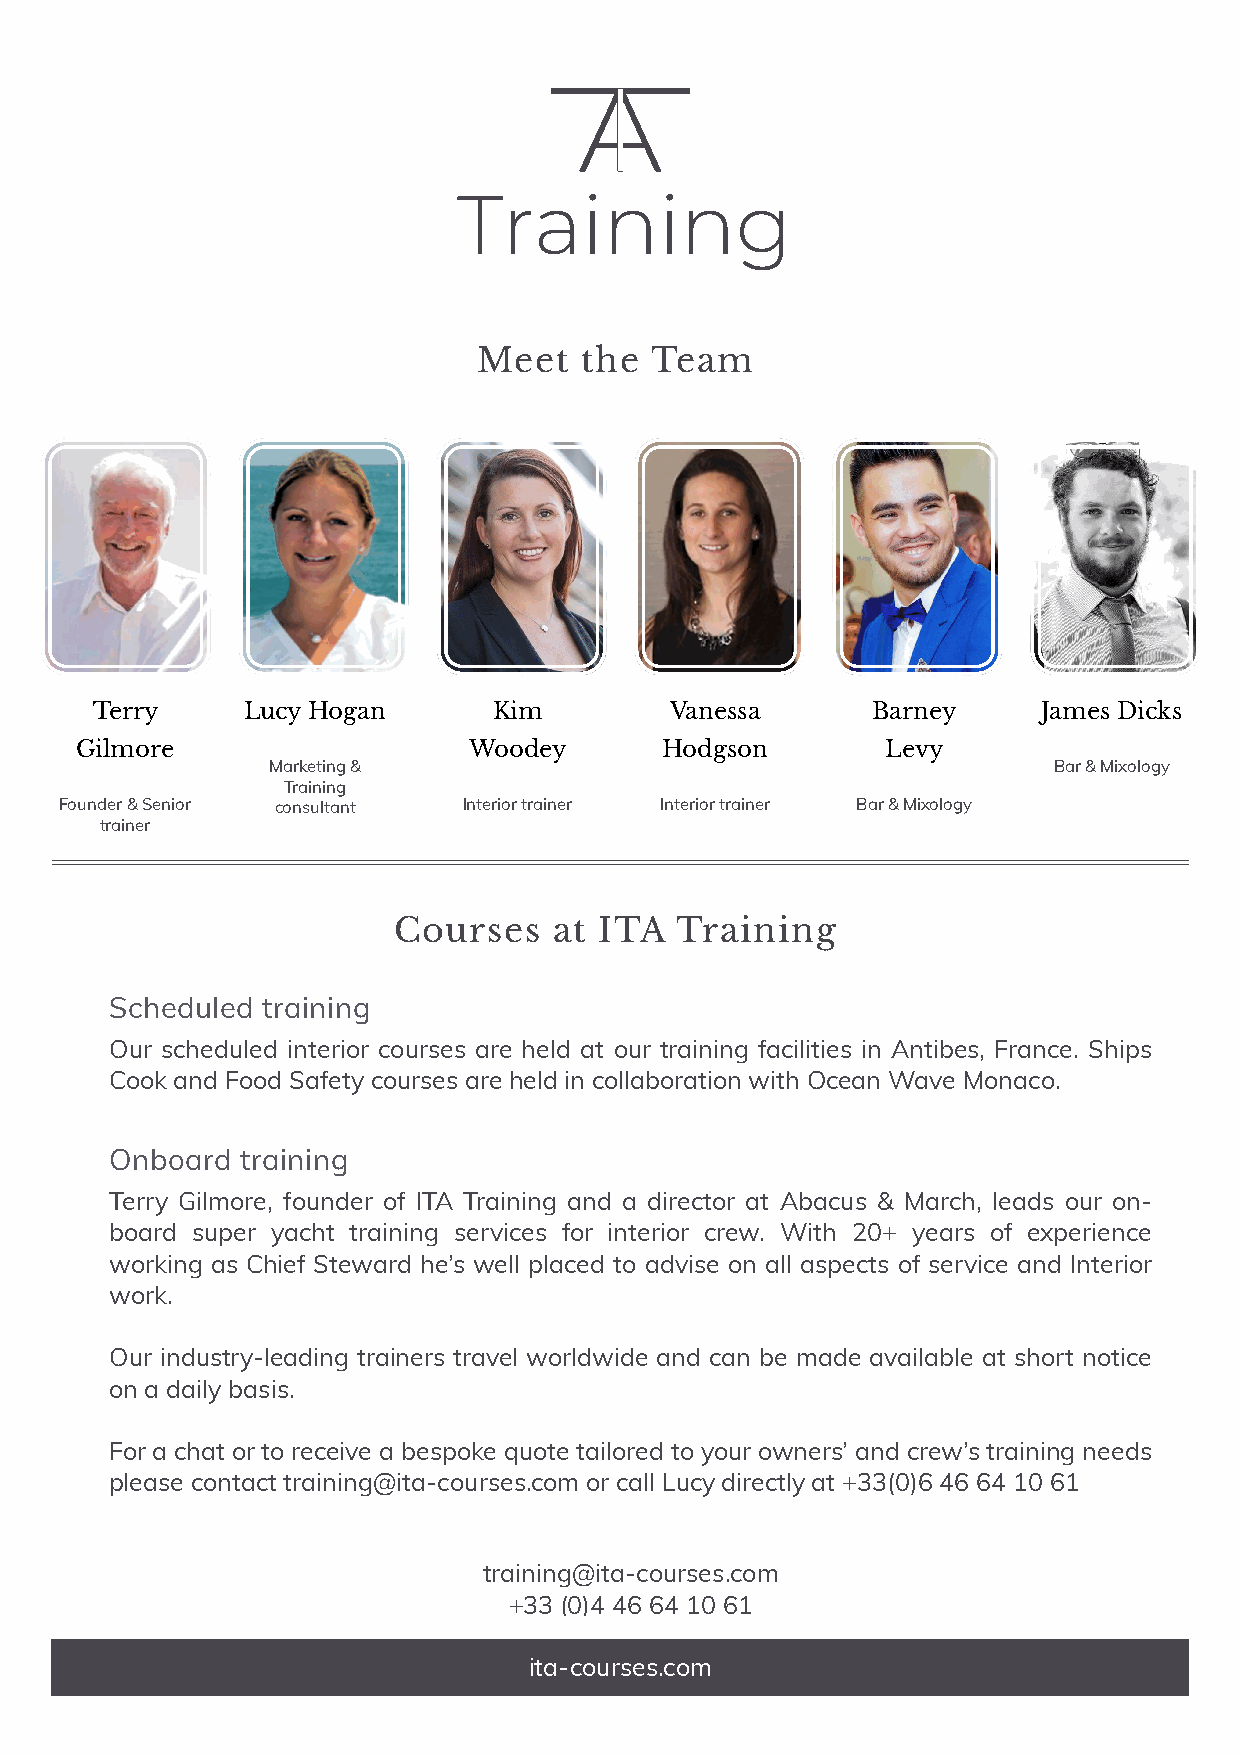
Meet  the  Team
 Terry     Lucy Hogan       Kim        Vanessa       Barney     James Dicks
 Gilmore                   Woodey       Hodgson        Levy
 Marketing &                                         Bar & Mixology
 Training
 Founder & Senior consultant Interior trainer Interior trainer Bar & Mixology
 trainer
 Courses    at ITA  Training
 Scheduled training
 Our scheduled interior courses are held at our training facilities in Antibes, France. Ships
 Cook and Food Safety courses are held in collaboration with Ocean Wave Monaco.
 Onboard  training
 Terry Gilmore, founder of ITA Training and a director at Abacus & March, leads our on-
 board super yacht training services for interior crew. With 20+ years of experience
 working as Chief Steward he’s well placed to advise on all aspects of service and Interior
 work.
 Our industry-leading trainers travel worldwide and can be made available at short notice
 on a daily basis.
 For a chat or to receive a bespoke quote tailored to your owners’ and crew’s training needs
 please contact training@ita-courses.com or call Lucy directly at +33(0)6 46 64 10 61
 training@ita-courses.com
 +33 (0)4 46 64 10 61
 ita-courses.com